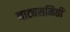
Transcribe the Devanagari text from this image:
नाट्यसमिती